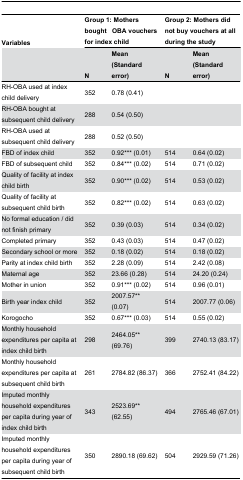
<table><thead><tr><td><b>Variables </b></td><td colspan="2"><b>Group 1: Mothers boughtOBA vouchersfor index child</b></td><td colspan="2"><b>Group 2: Mothers did not buy vouchers at all during the study</b></td></tr><tr><td></td><td><b>N</b></td><td><b>Mean (Standarderror)</b></td><td><b>N</b></td><td><b>Mean (Standard error)</b></td></tr></thead><tbody><tr><td>RH-OBA used at index child delivery</td><td>352</td><td>0.78 (0.41)</td><td></td><td></td></tr><tr><td>RH-OBA bought at subsequent child delivery</td><td>288</td><td>0.54 (0.50)</td><td></td><td></td></tr><tr><td>RH-OBA used at subsequent child delivery</td><td>288</td><td>0.52 (0.50)</td><td></td><td></td></tr><tr><td>FBD of index child</td><td>352</td><td>0.92*** (0.01)</td><td>514</td><td>0.64 (0.02)</td></tr><tr><td>FBD of subsequent child</td><td>352</td><td>0.84*** (0.02)</td><td>514</td><td>0.71 (0.02)</td></tr><tr><td>Quality of facility at index child birth</td><td>352</td><td>0.90*** (0.02)</td><td>514</td><td>0.53 (0.02)</td></tr><tr><td>Quality of facility at subsequent child birth</td><td>352</td><td>0.82*** (0.02)</td><td>514</td><td>0.63 (0.02)</td></tr><tr><td>No formal education / did not finish primary</td><td>352</td><td>0.39 (0.03)</td><td>514</td><td>0.34 (0.02)</td></tr><tr><td>Completed primary</td><td>352</td><td>0.43 (0.03)</td><td>514</td><td>0.47 (0.02)</td></tr><tr><td>Secondary school or more</td><td>352</td><td>0.18 (0.02)</td><td>514</td><td>0.18 (0.02)</td></tr><tr><td>Parity at index child birth </td><td>352</td><td>2.28 (0.09)</td><td>514</td><td>2.42 (0.08)</td></tr><tr><td>Maternal age</td><td>352</td><td>23.66 (0.28)</td><td>514</td><td>24.20 (0.24)</td></tr><tr><td>Mother in union</td><td>352</td><td>0.91*** (0.02)</td><td>514</td><td>0.96 (0.01)</td></tr><tr><td>Birth year index child</td><td>352</td><td>2007.57** (0.07)</td><td>514</td><td>2007.77 (0.06)</td></tr><tr><td>Korogocho</td><td>352</td><td>0.67*** (0.03)</td><td>514</td><td>0.55 (0.02)</td></tr><tr><td>Monthly household expenditures per capita at index child birth</td><td>298</td><td>2464.05** (69.76)</td><td>399</td><td>2740.13 (83.17)</td></tr><tr><td>Monthly household expenditures per capita at subsequent child birth </td><td>261</td><td>2784.82 (86.37)</td><td>366</td><td>2752.41 (84.22)</td></tr><tr><td>Imputed monthly household expenditures per capita during year of index child birth</td><td>343</td><td>2523.69** (62.55)</td><td>494</td><td>2765.46 (67.01)</td></tr><tr><td>Imputed monthly household expenditures per capita during year of subsequent child birth</td><td>350</td><td>2890.18 (69.62)</td><td>504</td><td>2929.59 (71.26)</td></tr></tbody></table>